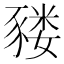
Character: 𰶬